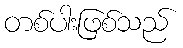
တစ်ပါးဖြစ်သည်